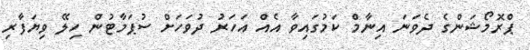
ޕްރޮމޯޝަންގެ ދެވަނަ އިނާމް ކަމުގައިވާ އެއް އަހަރު ދުވަހަށް ސުޕަމާޓުން ހިލޭ ވިޔަފާރި